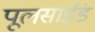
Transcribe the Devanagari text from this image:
पूलसाईंड